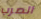
الصرب